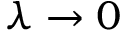
\lambda \to 0